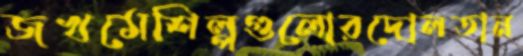
জখমেশিল্পগুলোরদোলতান